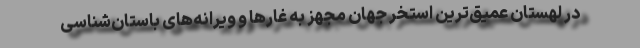
در لهستان عمیق‌ترین استخر جهان مجهز به غارها و ویرانه‌های باستان‌شناسی